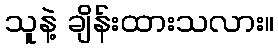
သူနဲ့ ချိန်းထားသလား။